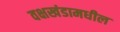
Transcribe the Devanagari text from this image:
वक्षखंडामधील